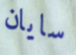
سايان